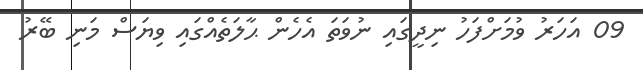
09 އަހަރު ވުމަށްފަހު ނިދީގައި ނުވަތަ އެހެން ޙާލަތެއްގައި ވިޔަސް މަނި ބޭރު